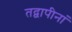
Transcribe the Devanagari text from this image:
तद्वापीनां